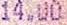
14.00